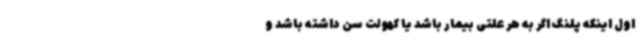
اول اینکه پلنگ اگر به هر علتی بیمار باشد یا کهولت سن داشته باشد و